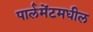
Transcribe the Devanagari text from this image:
पार्लमेंटमधील